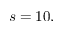
s = 1 0 ,